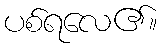
ပစ်ရလေ၏။